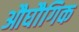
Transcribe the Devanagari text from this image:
औघौगिक